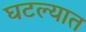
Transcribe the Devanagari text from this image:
घटल्यात